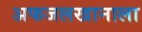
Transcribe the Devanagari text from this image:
अफजलखानाला